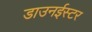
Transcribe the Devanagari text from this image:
डाउनईस्टर